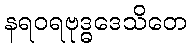
နရဝရဗုဒ္ဓဒေသိတေ